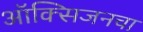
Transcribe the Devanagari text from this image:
ऑक्‍सिजनचा